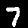
Label: 7